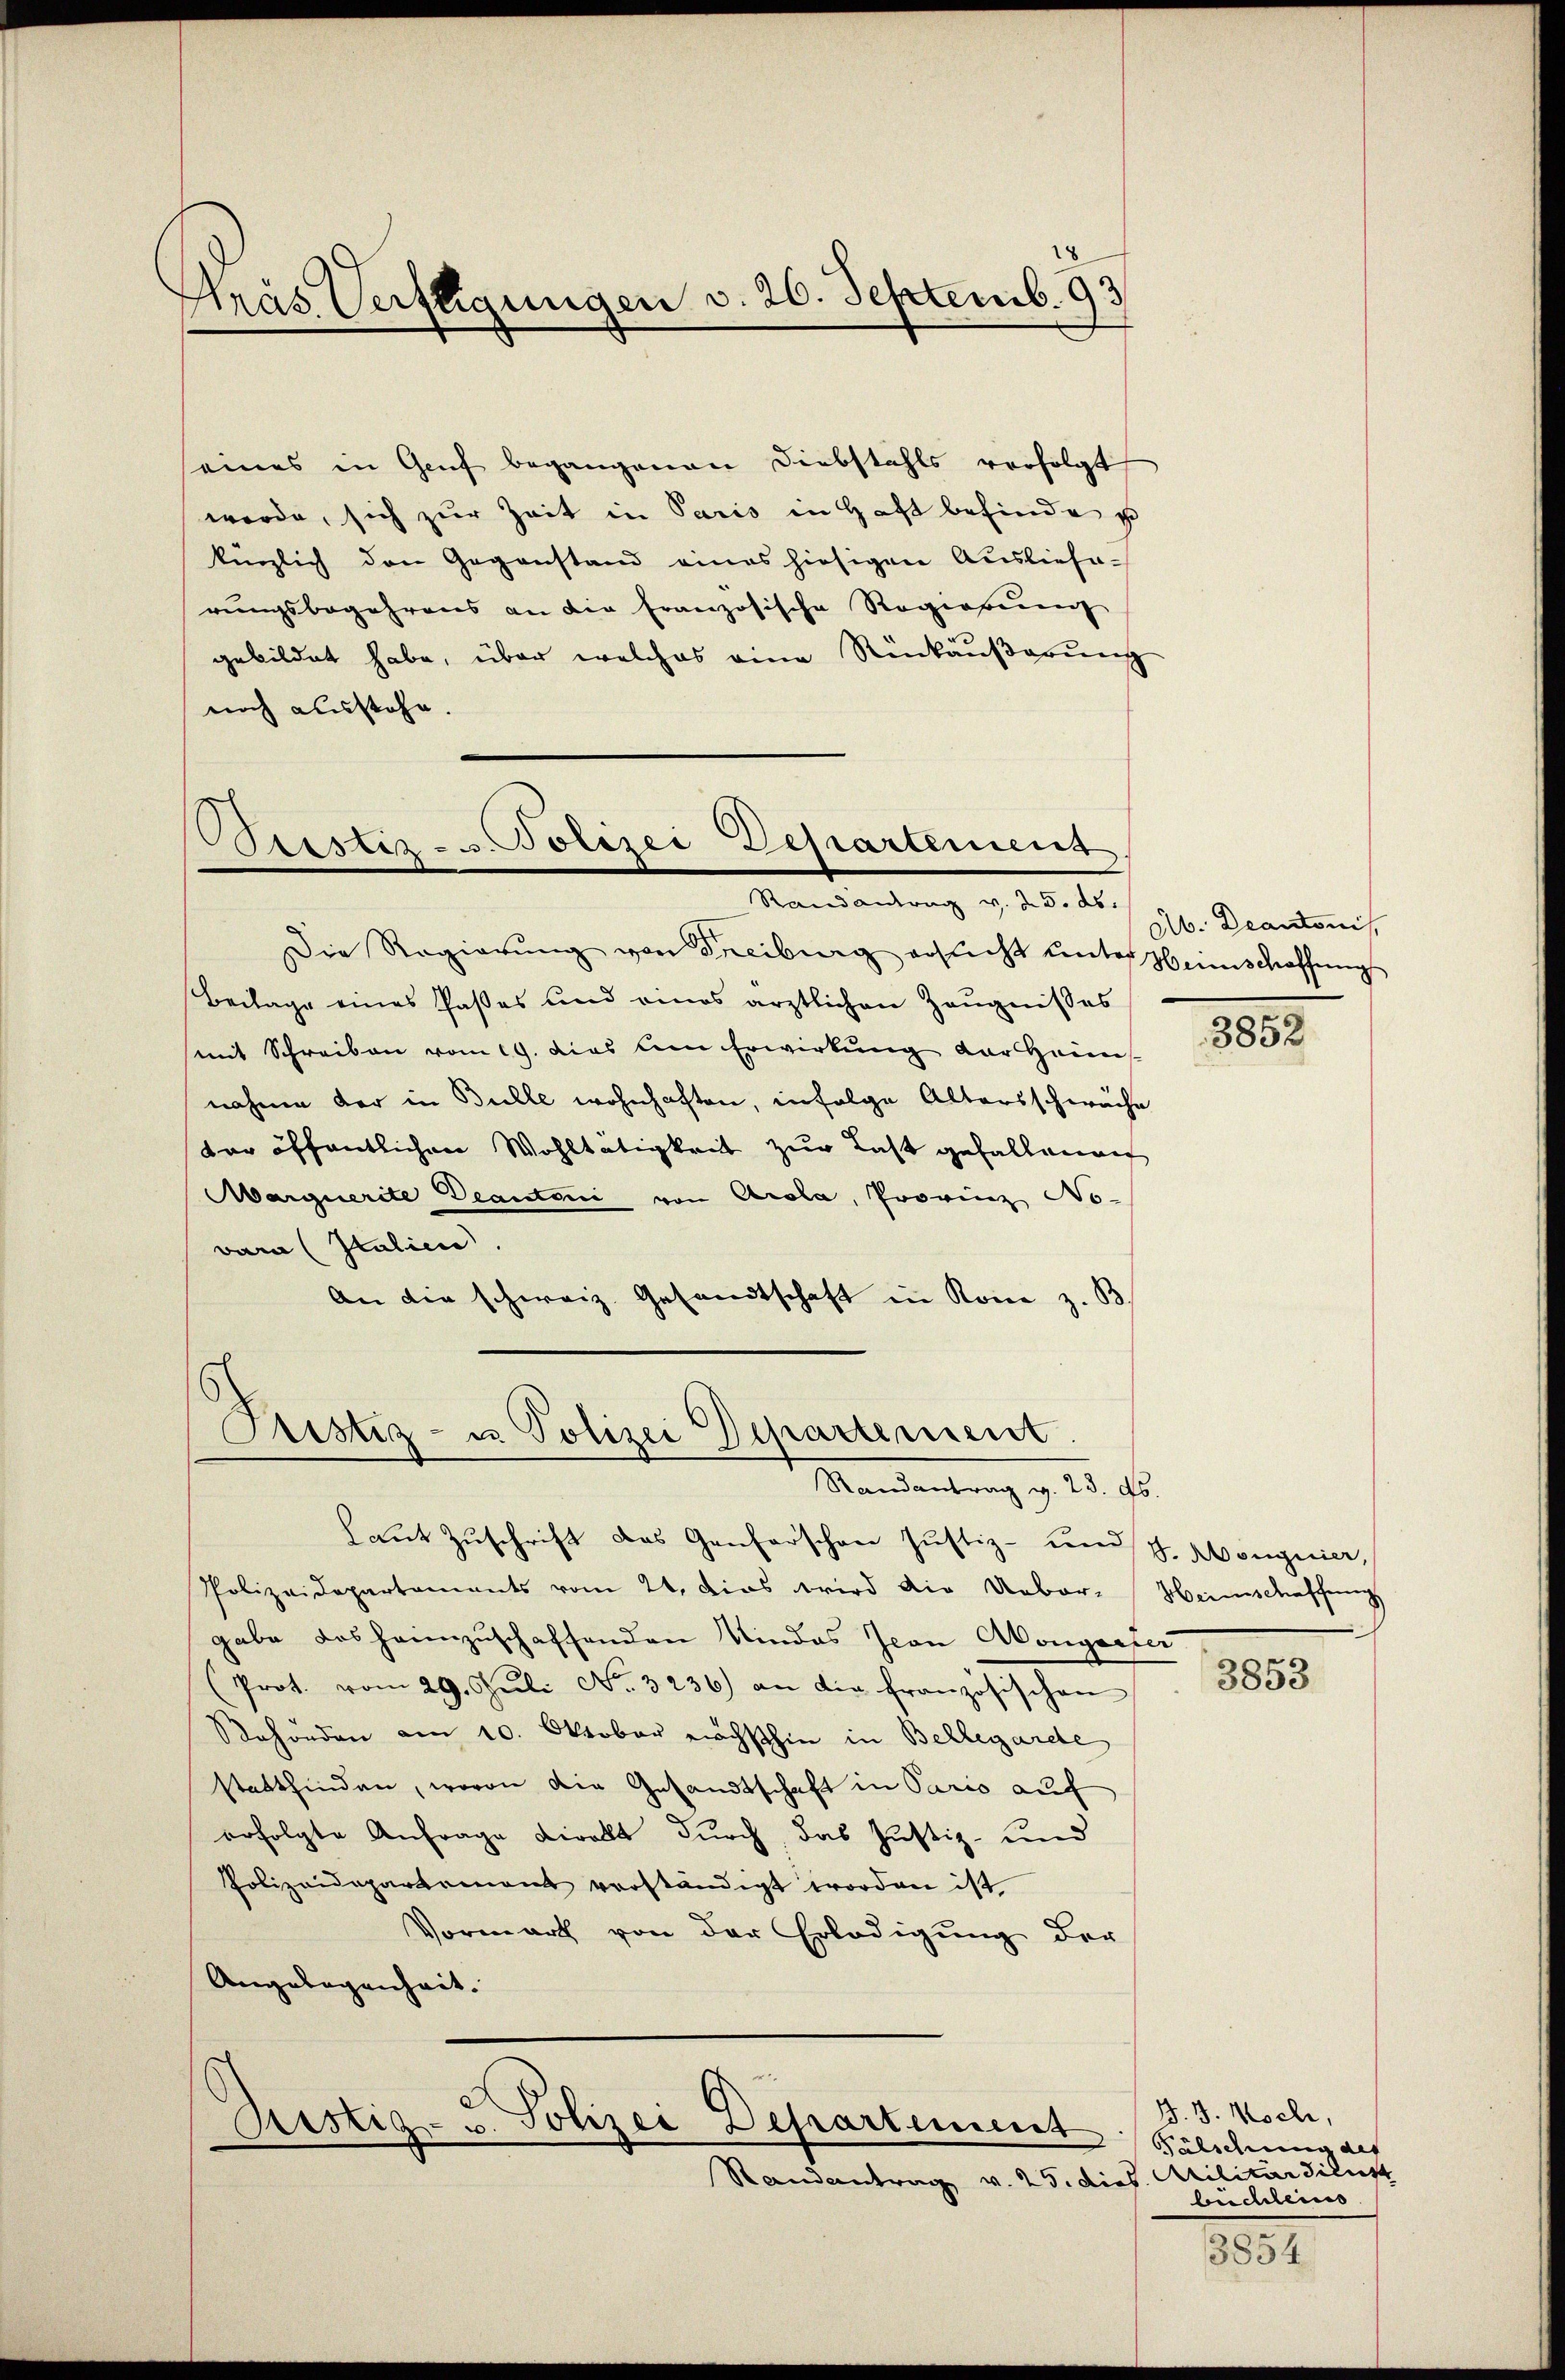
18
Mräs Verftigungen d. 20. Septemb. 93

eines in Genf begangenen Diebstahls verfolgt
werde, sich zŭr Zeit in Paris in Haft befinde u
kinzlich den Gegenstand eines hiesigen Auslieferungsbegehrens an die französische Regierŭng
gebildet habe, über welches eine Rückäußerung
noch ausstehe.

Pessir- u. Polizei Departement,
Randantrag v. 25. ds.

Justiz- u. Polizei Departement.
Randantrag v. 23. ds.

Die Regierŭng von Freiburg ersŭcht ŭnter Heimschaffŭngs
Beilage eines Paßes und eines ärztlichen Zeugnisses
mit Schreiben vom 19. dies lein Erwirkung der Heim
nahme der in Bulle wohnhaften, infolge Altersschwäche
der öffentlichen Wohltätigkeit zur Last gefallenen
Marquerite Deautori von Arola, Provinz No-
vara Italien.
An die schweiz. Gesandtschaft in Kone z. B.

e
Ristig- u. Polizei Departement

Randantrag v. 25. dies

Laut Zuschrift das Genforschen Justiz- und J. Mongnier,
Polizeidepartements vom 24. Das wird die Ueber-Heimschaffung
gabe das heimzuschaffenden Kindes Jean Abongester
(Prot. vom 29. Jŭli No. 3236) an die französischen
ehörden am 10. Oktober nächsthin in Bellegarde
stattfinden, wovon die Gesandtschaft in Paris auf
erfolgte Anfrage viralt durch, das Justiz- und
Polizeidepartement verständigt worden ist
Vormark von der Erledigung der
Angelegenheit.

Ab. Decantonis

885

3853

J. J. Koch,
Fälschung des
Militärdienst
bichleins

3854